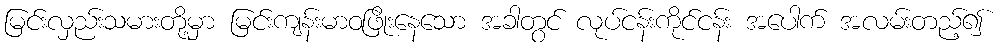
မြင်းလှည်းသမားတို့မှာ မြင်းကျန်းမာဝဖြိုးနေသော အခါတွင် လုပ်ငန်းကိုင်ငန်း အပေါက် အလမ်းတည့်၍